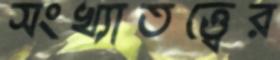
সংখ্যাতত্ত্বের